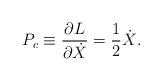
LaTeX: \begin{align*}P_c\equiv \frac{\partial L}{\partial \dot{X}}=\frac{1}{2}\dot{X}.\end{align*}